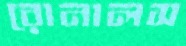
রোনালস